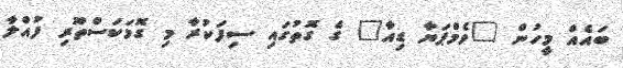
ބައެއް މީހުން "ވެމްޕަޔާ ޑިއާ" ގެ ގޮތުގައި ސިފަކުރާ މި ގޮމަކަސްތޫރި ފުއްލާ